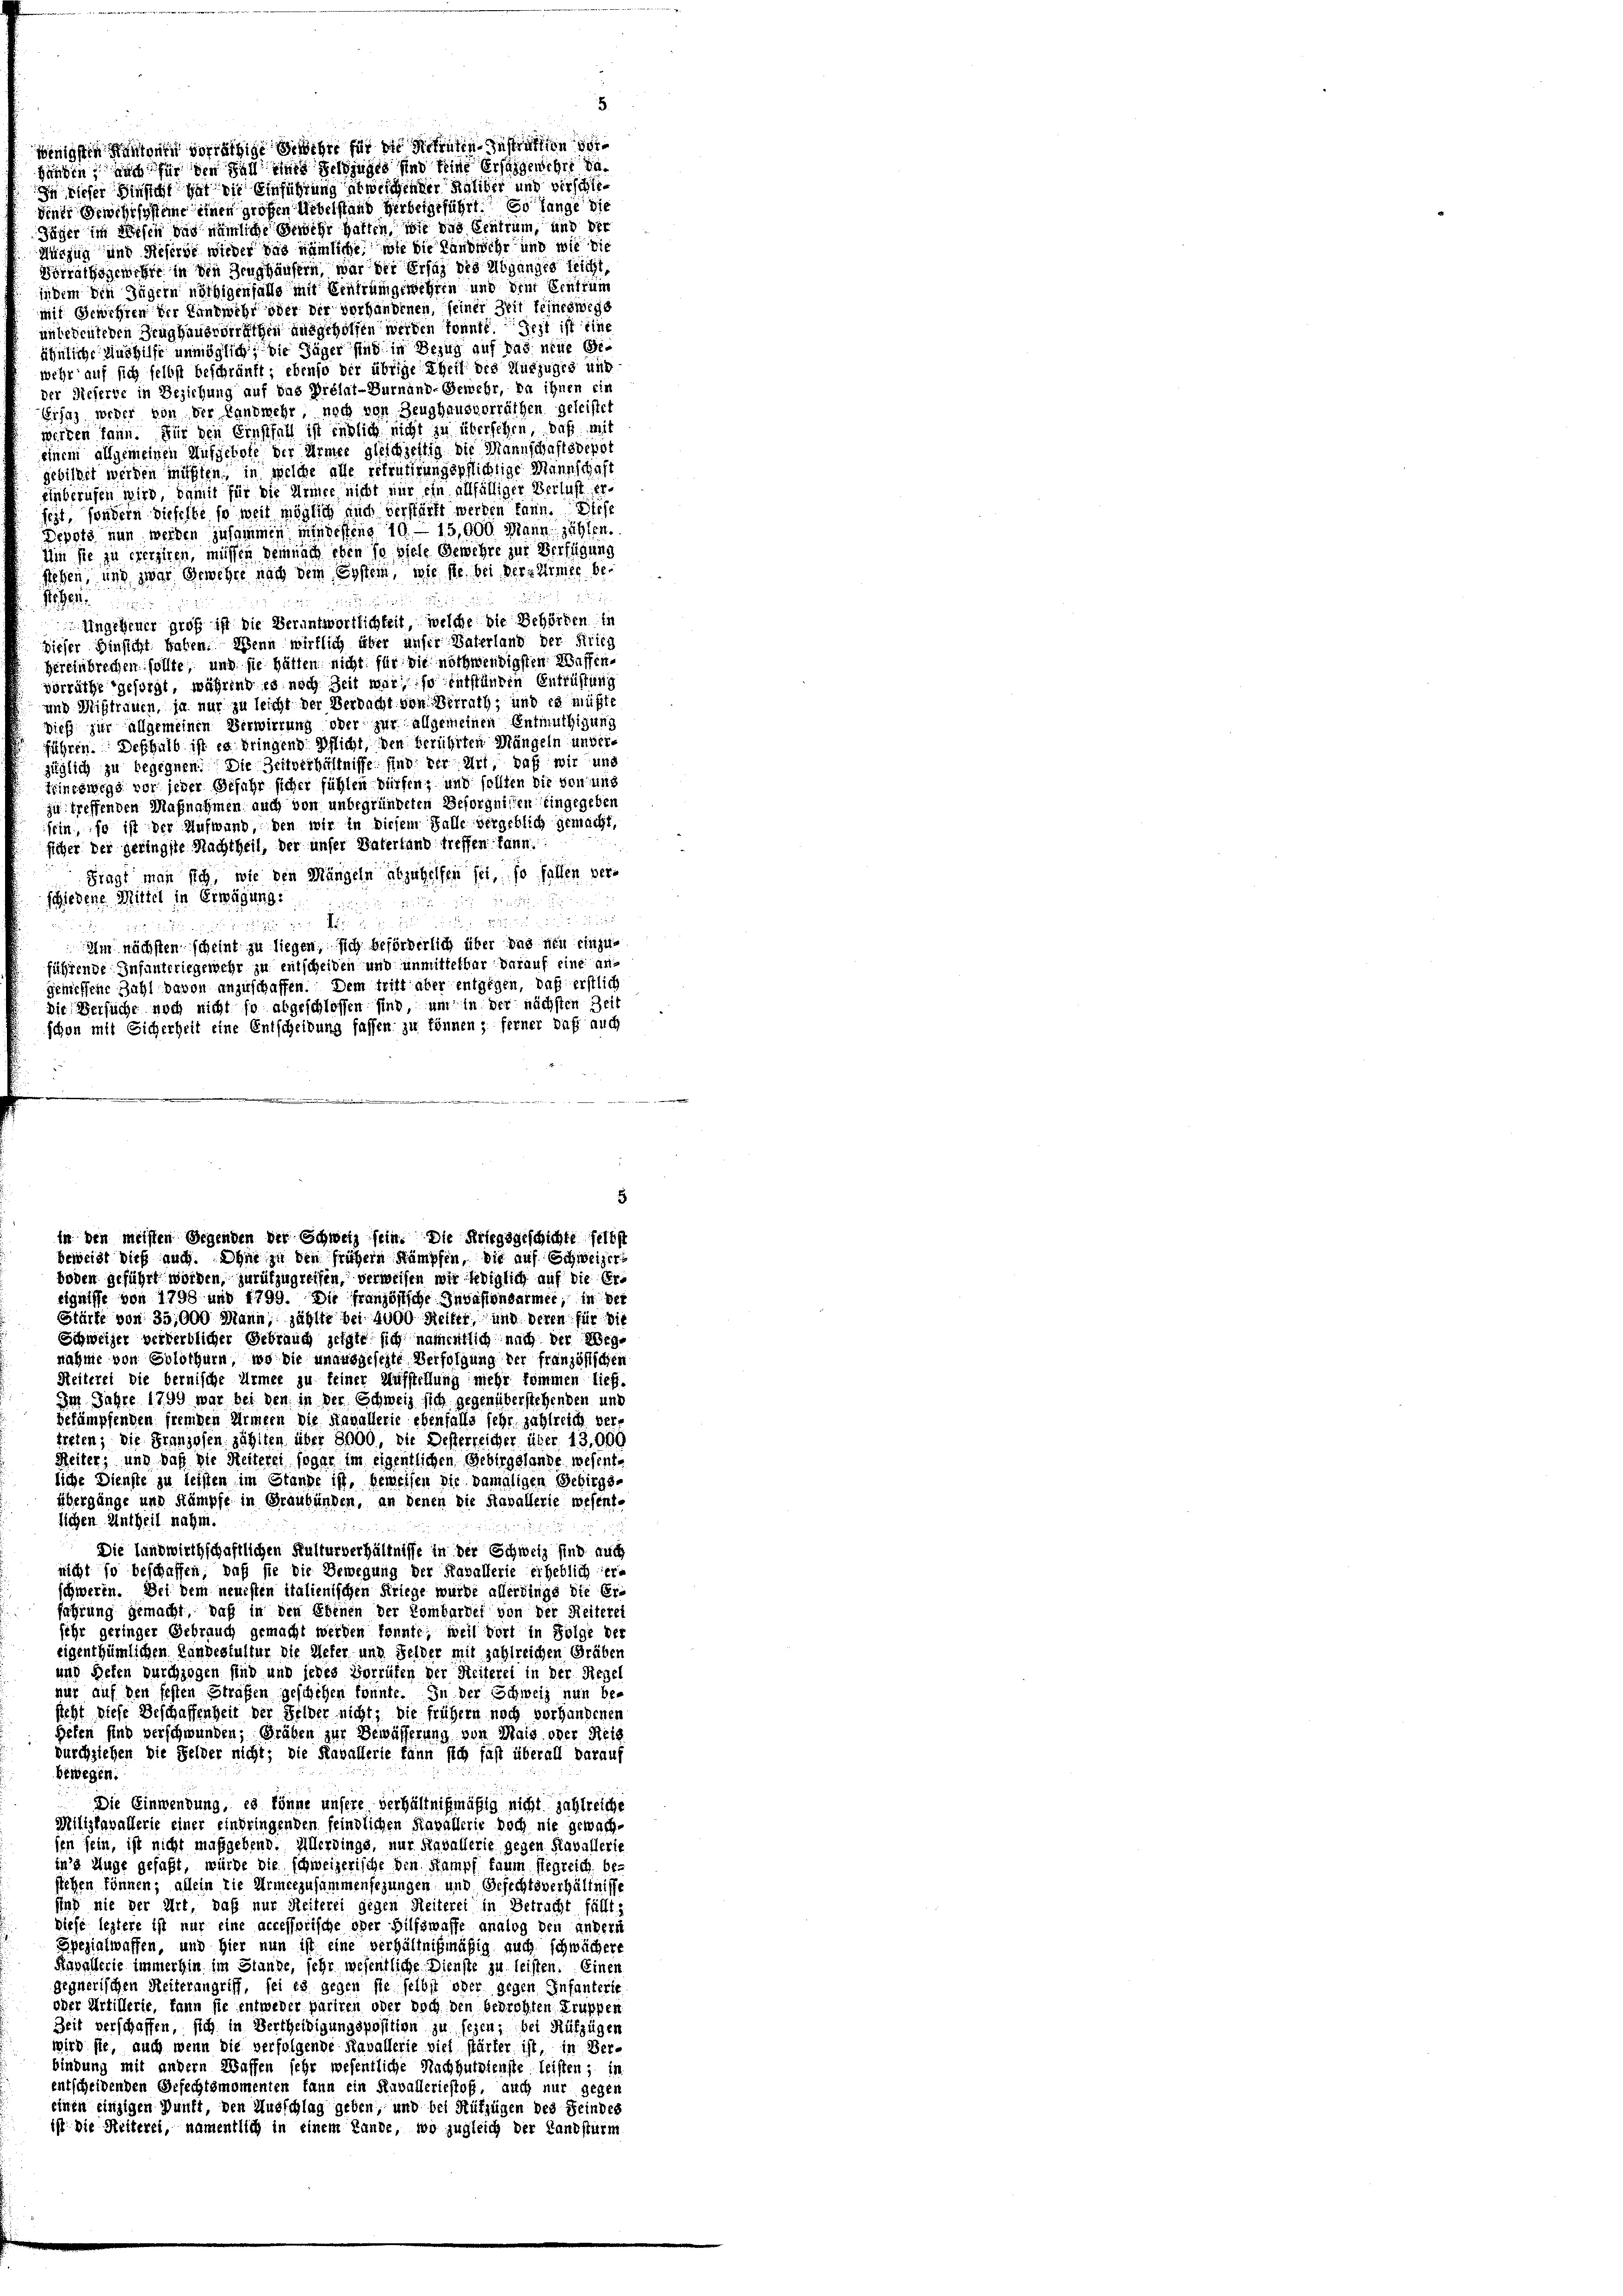
nigsten Kantonen vorräthige Geweber für die Rekruten-Instraktion vorhunden, nach für den Fall eines Geldzuges und keine Ersagenehre da¬
In dieser Hinsicht hat die Einführung abweichender Haliber und verschie¬

Diner Gewehrsysteme einen großen Uebelstand Herbeigeführt. So lange die
Jüger im Wesen das nämliche Gewehr hatten, wie das Centrum, und der
Hürzug und Reserst wieder das nämliche wie die Landwehr und wie die
Vorrathsgewehrt in den Zeughäusern, war der Ersatz des Abganges leicht,
indem den Jägern nöthigenfalls mit Einfrumgewehren und der Centrum
mit Gewehren der Landwehr oder der vorhandenen, seiner Zeit feineswege
unbedeuteten Zeughausvorräthen aufgeholfen werden konnte. Gest ist eine
ähnliche Aushilfe unmöglich, die Jäger sind in Bezug auf das eine Gewehr auf sich selbst beschränft; ebenso der übrige Theil des Nutzuges und
der Sieherde in Beziehung auf das Prélat-Burnänd-Gewehr, da ihnen ein
Eifaz worder von der Landmehr noch von Zeughausvorräthen geleistet
werten kann. Für den Ernsthall ist endlich nicht zu übersehen, daß mit
einem allgemeinen Aufgebote der Armee gleichzeitig die Mannschaftsderot
gebildet werden müssen, in welche alle gefrütigungspflichtige Mannschaft
einberufen wird, damit für die Armee nicht nur ein allfälliger Verlust er-
feit, sondern dieselbe so weit möglich auch verstärkt werden kann. Diese
Depots nun werden zusammen mindestens 10. — 15,000 Mann zählen.
Um sie zu ererziren, müssen demnach eben so viele Gewehre zur Verfügung
stehen, und zwar Gewehrt nach dem Erstem, wie sie bei der Armee be¬
.
een
Ungehener groß ist die Verantwortlichkeit, welche die Behörden in
dieser Hinsicht haben. Wenn wirklich über unser Vaterland der Krieg
Hereinbrechen sollte, und sie hätten nicht für die nothwendigsten Waffenvorräthe gesorgt, während es noch Zeit war, so entstünden Entrüstung
und Mißtrauen, ja nur zu leicht der Verdacht von Birrath; und es müßte
Dieß zur allgemeinen Verwirrung oder zur allgemeinen Entmuthigung
führen. Deshalb ist es bringend Pflicht, den berührten Mängeln unver-
züglich zu begegnen. Die Zeitverhältnisse sind der Art, daß wir und
Hineswegs vor jeder Gefahr sicher fühlen dürfen, und sollten die von uns
zu treffenden Maßnahmen auch von unbegründeten Beforgnissen eingegeben
sein, so ist der Aufwand, den wir in diesem Falle dergeblich gemacht,
ficher der geringste Nachtheil, der unser Vaterland treffen kann.
Fragt man sich, wie den Mängeln abzuhelfen sei, so fallen verschiedene Mittel in Erwägung:

 zu
 23 x 2 x
 22 Fr. v. J. 1
Am nächsten scheint zu liegen, sich beförderlich über das neu einzuführende Infanteriegewehr zu entscheiden und unmittelbar darauf eine angemessene Zahl davon anzuschaffen. Dem tritt aber entgegen, daß erstlich
Die Versüche noch nicht so abgeschlossen sind, um in der nächsten Zeit
schon mit Sicherheit eine Entscheidung fassen zu können ; ferner daß auch

5
in den meisten Gegenden der Schweiz sein. Die Kriegsgeschichte selbst
beweist dieß auch. Ohne in den frühern Stämpfen, die auf Schweizerboden geführt worden, zurükzugreifen, verweisen wir lediglich auf die Ereignisse von 1798 und 1799. Die französische Invasionsarmee, in der

5

Stärke von 35,000 Mann, zählte bei 4000 Meiler, und deren für die
Schweizer verwerblicher Gebrauch jetzte sich namentlich nach der Wegnahme von Solothurn, wo die unausgesezte Verfolgung der französischen
Heiterei die bernische Armee zu keiner Aufstellung mehr kommen lief.
Im Jahre 1799 war bei den in der Schweiz sich gegenüberstehenden und
besämpfenden fremden Armeen die Kavallerie ebenfalls sehr zahlreich ver-
tiften; die Franzosen zählten, über 8000, die Desterreicher über 13,000
Meiler; und daß die Reiterei sogar im eigentlichen Gebirgslande, wesentliche Dienste zu leisten im Stande ist, Gemeisen die damaligen Gebirgs-
übergänge und Kämpfe in Graubünden, an denen die Staballerie wesent-
lichen Antheil nahm.
Die landwirthschaftlichen Kulturverhältnisse in der Schweiz sind auch
nicht so beschaffen, daß sie die Bewegung der Kavallerie erheblich eri
schweren. Sei dem neuesten italienischen Kriege wurde allerdings die Er-
führung gemacht, daß in den Ebenen der Lombardet von der Reiterei
sehr geringer Gebrauch gemacht werden konnte; weil dort in Folge der
eigenthümlichen Landeskultur die Refer und Felder mit zahlreichen Gräben
und Hefen durchzogen sind und jedes Vorrüfen der Seiterei in der Rege
nur auf den festen Strafen geschehen könnte. In der Schweiz nun be-
steht diese Beschaffenheit der Felder nicht; die früher noch vorhandenen
Hefen sind verschwunden; Gräben zur Bewächerung von Mais oder Reis
durchziehen die Felder nicht; die Kavallerie kann sich fast überall darauf
bewegen.
Die Einwendung, es könne unsere verhältnißmäßig nicht zahlreiche
Milizkavallerie einer einbringenden feindlichen Kavallerie doch nie gewach-
sen sein, ist nicht maßgebend. Allerdings, nur Kavallerie gegen Kavallerie
in’s Auge gefaßt, würde die schweizerische den Stampf kaum siegreich befliehen können; allein die Armeezusammensezungen und Befechtsverhältnisse
sind nie der Art, daß nur Reiterei gegen Reiterei in Betracht füllt:
diese leztere ist nur eine accessorische oder Hilfswaffe analog den andern
Spezialwaffen, und hier nun ist eine verhältnißmäßig auch schwächere
Kavallerie immerhin im Stande, sehr wesentliche Dienste zu leisten. Einen
gegnerischen Heiterangriff, sei es gegen sie selbst ober gegen Infanterie
oder Artillerie, kann sie entweder pariren oder noch den bedrohten Truppen
Zeit verschaffen, sich in Vertheiligungsposition zu sehen; bei Rüfzügen
wird sie, auch wenn die verfolgende Kavallerie viel stärter ist, in Ver-
bindung mit andern Waffen sehr wesentliche Nachhüttenste leisten; is
entscheidenden Befechtsmomenten kann ein Havalleriestoß, auch nur gegen
einen einzigen Punkt, den Ausschlag geben, und bei Aufzügen des Feindes
ist die Heiterei, namentlich in einem Lande, wo zugleich der Kantsturm